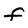
Character: f